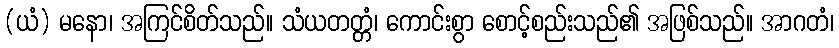
(ယံ) မနော၊ အကြင်စိတ်သည်။ သံယတတ္တံ၊ ကောင်းစွာ စောင့်စည်းသည်၏ အဖြစ်သည်။ အာဂတံ၊